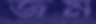
জম